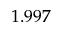
1 . 9 9 7